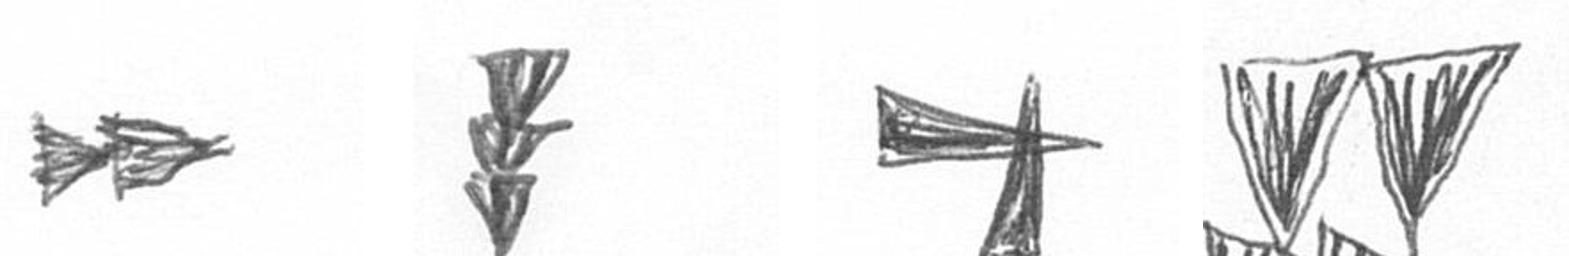
A E G B